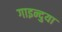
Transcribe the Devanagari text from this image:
गाइन्दुया